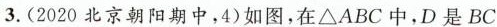
3.(2020北京朝阳期中，4)如图，在\triangle ABC中，D是BC